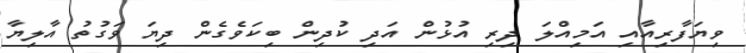
ވިޔަފާރިއާއި އަމިއްލަ ދިރި އުޅުން އަދި ކުދިން ބިކަވެގެން ދިޔަ ވަގުތު އާލިޔާ